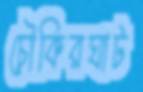
চৌকিরঘাট